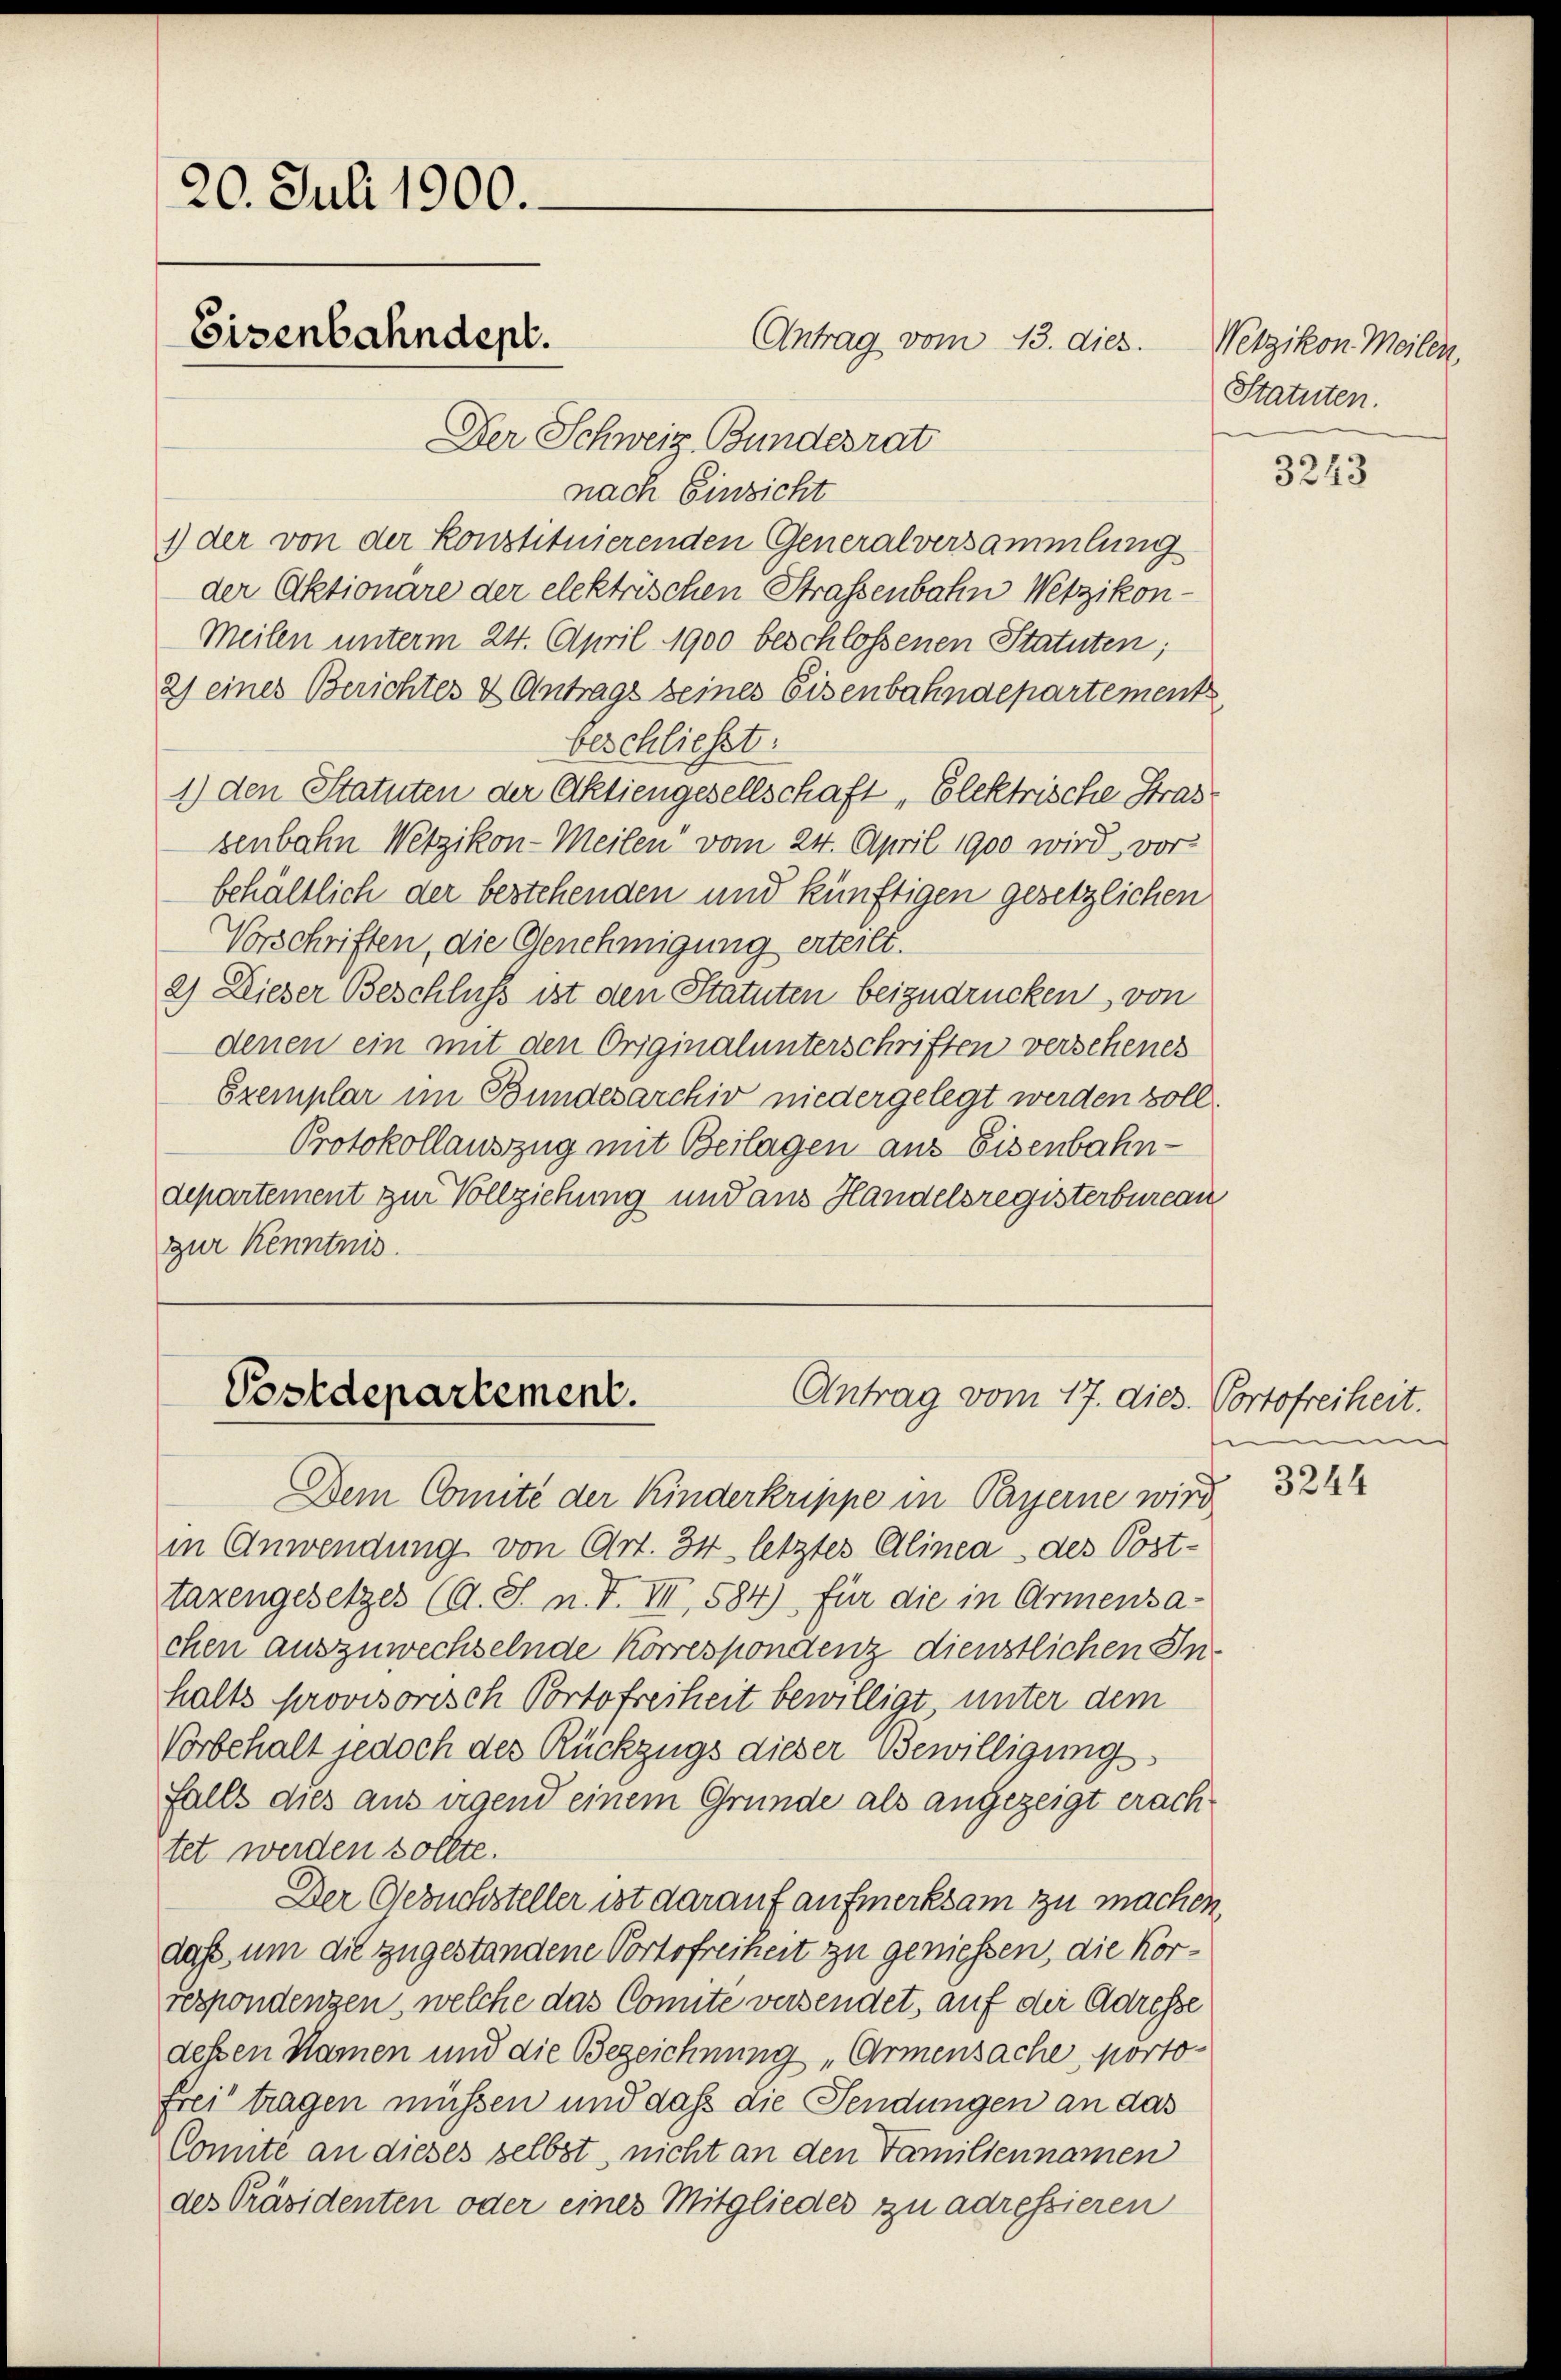
20. Juli 1900.
Eisenbahndept.

Der Schweiz. Bundesrat
nach Einsicht
1) der von der konstituierenden Generalversammlung
der Aktionare der elektrischen Straßenbahn Wetzikon-
Meilen unterm 24. April 1900 beschlossenen Statuten;
2) eines Berichtes & Antrags seines Eisenbahndepartements
beschließt:
1.) den Statuten der Aktiengesellschaft, Elektrische Stras
senbahn Wetzikon-Meilen vom 24. April 1900 wird, vor-
behältlich der bestehenden und künftigen gesetzlichen
Vorschriften, die Genehmigung erteilt.
2) Dieser Beschluss ist den Statuten beizudrücken von
denen ein mit den Originalunterschriften verschenes
Exemplar im Bundesarchiv niedergelegt werden soll.
Protokollauszug mit Beilagen aus Eisenbahn-
departement zur Vollziehung und aus Handelsregisterbureau
zur Kenntnis.

Antrag vom 13. dies

Dem Comité der Kinderkrippe in Payerne wird
in Anwendung von Art. 34 letztes Alinea, des Post-
tazengesetzes (A. S. n. F. VII, 584), für die in Armensachen auszuwechselnde Korrespondenz dienstlichen In-
halts provisorisch Portofreiheit bewilligt, unter dem
Vorbehalt jedoch des Rückzugs dieser Bewilligungs
falls dies aus irgend einem Gründe als angezeigt erachstet werden sollte.
Der Gesuchsteller ist darauf aufmerksam zu machen,
daß um die zugestandene Portofreiheit zu geniessen, die Korrespondenzen, welche das Connte versendet, auf der Adresse
dessen Namen und die Bezeichnung „Armensache, portofrei tragen müssen und daß die Sendungen an das
Connte an dieses selbst, nicht an den Familiennamen
des Präsidenten oder eines Mitgliedes zu adressieren

Postdepartement.
Antrag vom 17. dies. Portofreiheit.

Wetzikon Meilen,
Statuten.

3243

u

3244